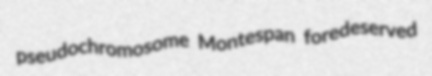
pseudochromosome Montespan foredeserved